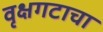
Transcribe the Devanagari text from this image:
वृक्षगटाचा